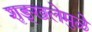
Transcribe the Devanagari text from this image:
शृङ्खलेमुळे